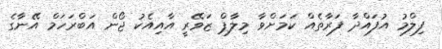
ފިލްމު އުފައްދާ ފަރާތެއް ކަމަށްވާ މިލާޕް ޒަވޭރީ އާއިއެކު ޖޯން އަބްރަހަމް އޭނާގެ